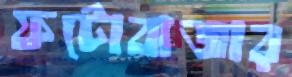
ফটোবাজার